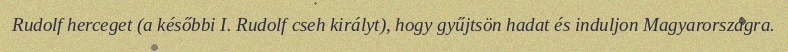
Rudolf herceget (a későbbi I. Rudolf cseh királyt), hogy gyűjtsön hadat és induljon Magyarországra.